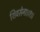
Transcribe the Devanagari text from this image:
शिवसेना।।१।।